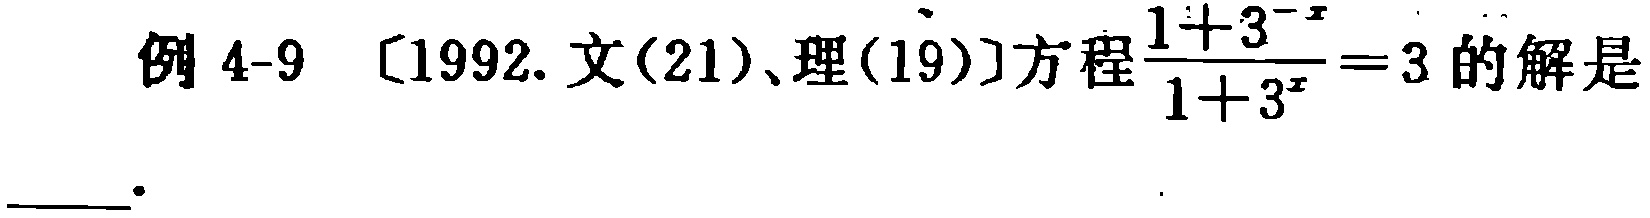
例 4-9 [1992.文(21)、理(19)]方程$\frac{1 + 3^{-x}}{1 + 3^{x}} = 3$的解是___。